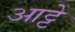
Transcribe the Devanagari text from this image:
आट्टे